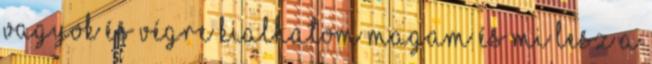
vagyok és végre kialhatom magam És mi lesz a